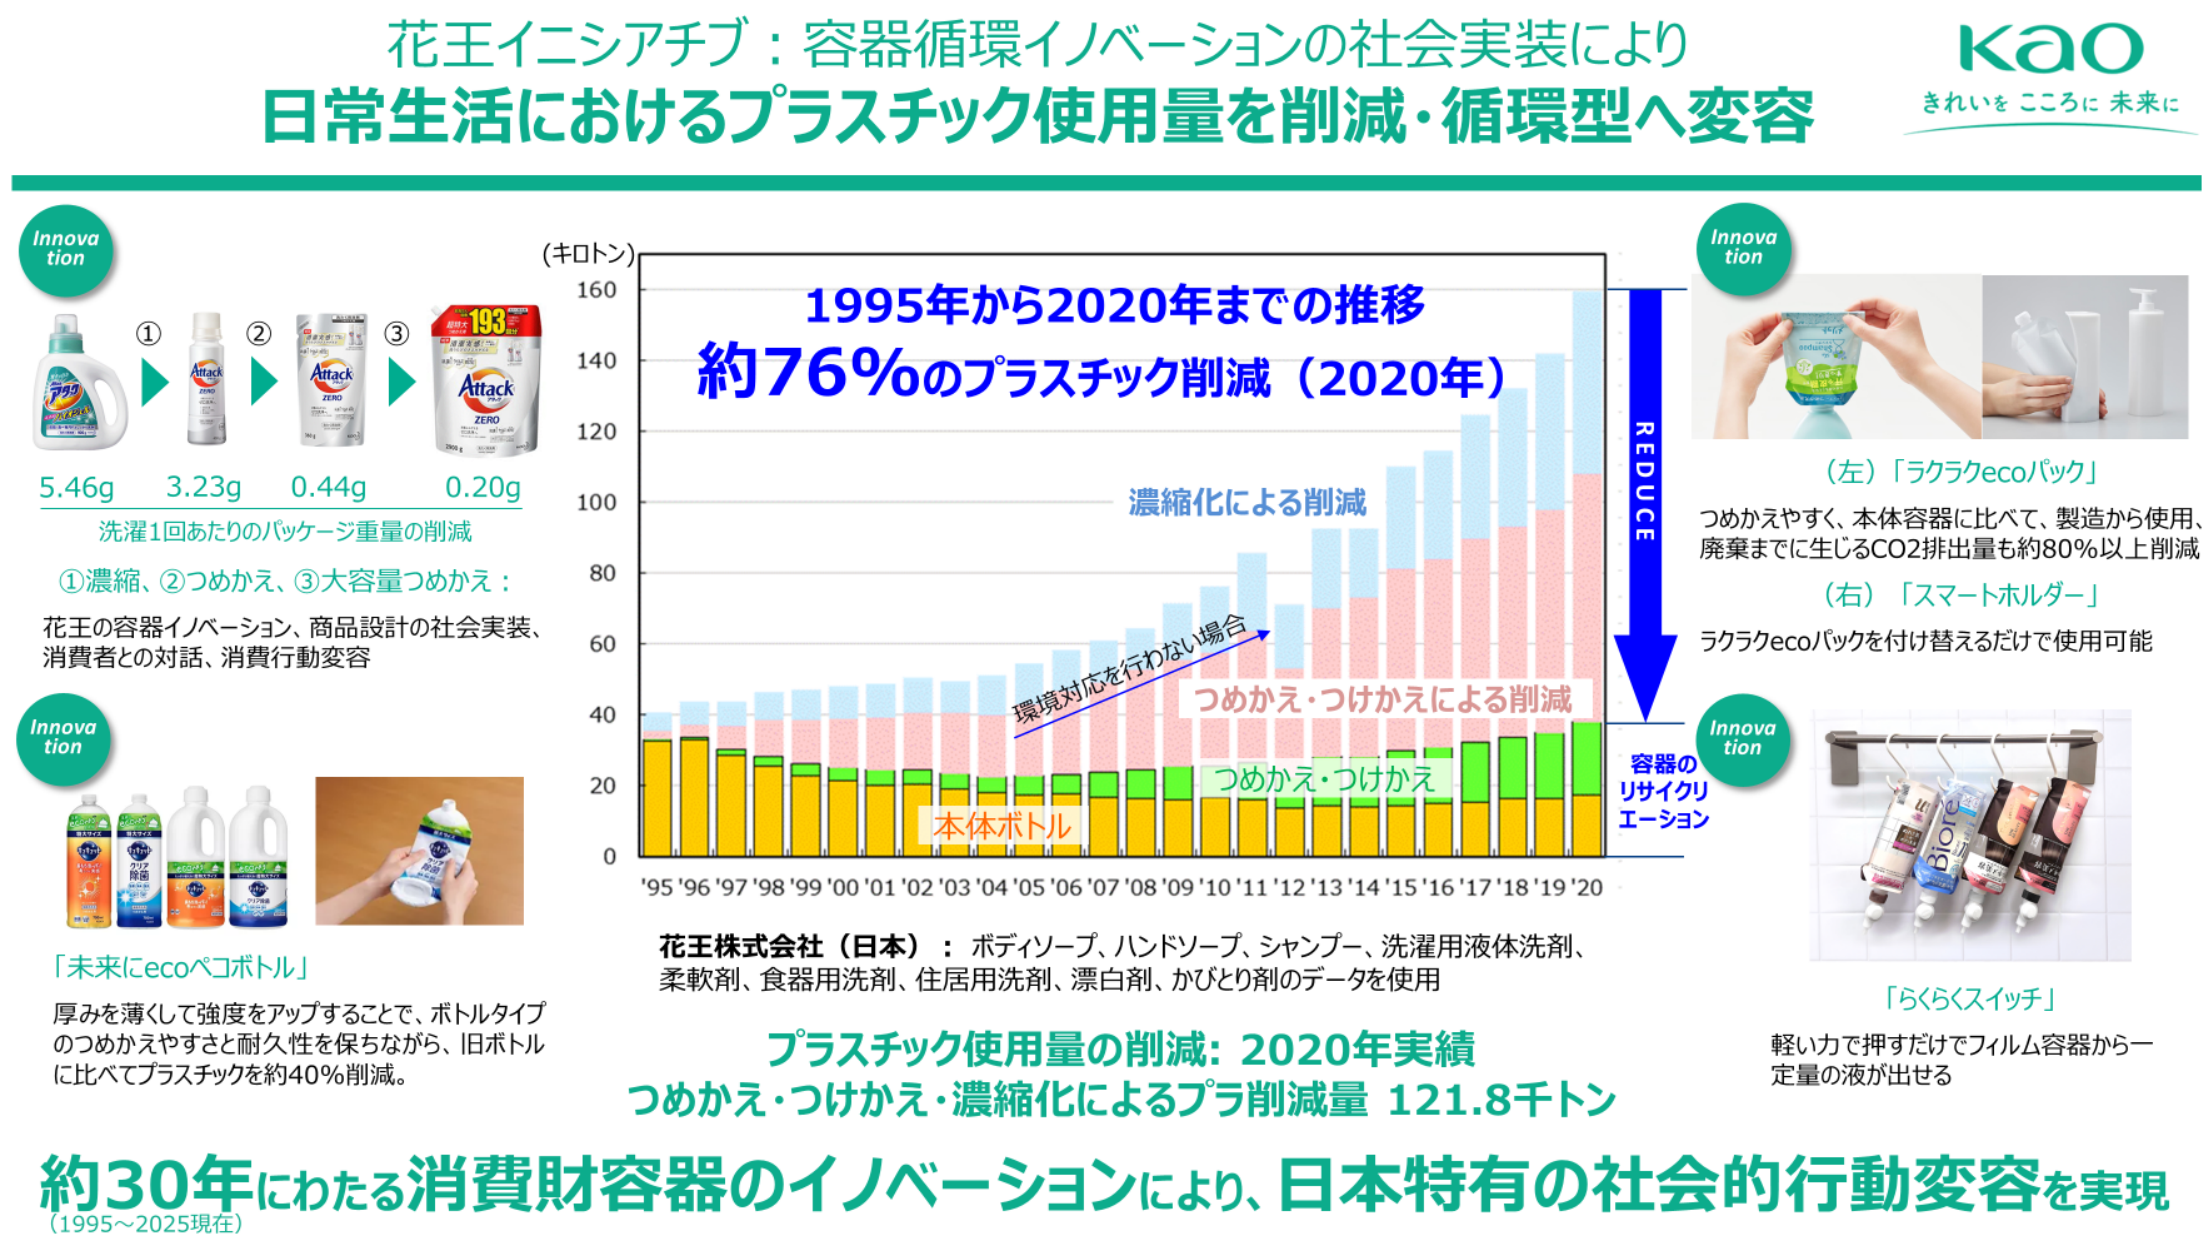
花王イニシアチブ：容器循環イノベーションの社会実装により
日常生活におけるプラスチック使用量を削減・循環型へ変容

KAO
きれいを こころに 未来に

Innovation
① 5.46g
② 3.23g
③ 0.44g
0.20g
洗濯1回あたりのパッケージ重量の削減
①濃縮、②つめかえ、③大容量つめかえ：
花王の容器イノベーション、商品設計の社会実装、
消費者との対話、消費行動変容

（キロトン）
1995年から2020年までの推移
約76％のプラスチック削減（2020年）
濃縮化による削減
環境対応を行わない場合
つめかえ・つけかえによる削減
つめかえ・つけかえ
本体ボトル
'95 '96 '97 '98 '99 '00 '01 '02 '03 '04 '05 '06 '07 '08 '09 '10 '11 '12 '13 '14 '15 '16 '17 '18 '19 '20

Innovation
（左）「ラクラケecoパック」
つめかえやすく、本体容器に比べて、製造から使用、
廃棄までに生じるCO2排出量も約80％以上削減
（右）「スマートホルダー」
ラクラケecoパックを付け替えるだけで使用可能

Innovation
「未来にecoペコボトル」
厚みを薄くして強度をアップすることで、ボトルタイプ
のつめかえやすさと耐久性を保ちながら、旧ボトル
に比べてプラスチックを約40％削減。

花王株式会社（日本）：ボディソープ、ハンドソープ、シャンプー、洗濯用液体洗剤、
柔軟剤、食器用洗剤、住居用洗剤、漂白剤、かびとり剤のデータを使用

プラスチック使用量の削減：2020年実績
つめかえ・つけかえ・濃縮化によるプラ削減量 121.8キトン

Innovation
「らくらくスイッチ」
軽い力で押すだけでフィルム容器から一
定量の液が出せる

約30年にわたる消費財容器のイノベーションにより、日本特有の社会的行動変容を実現
（1995～2025現在）

REDUCE
容器の
リサイクリ
エーション